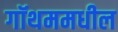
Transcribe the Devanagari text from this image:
गॉथममधील